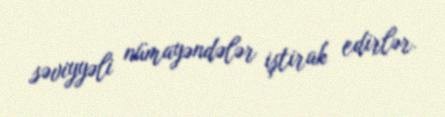
səviyyəli nümayəndələr iştirak edirlər.